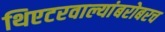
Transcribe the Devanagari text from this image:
थिएटरवाल्यांबरोबरच